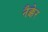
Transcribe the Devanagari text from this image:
नैक्केर